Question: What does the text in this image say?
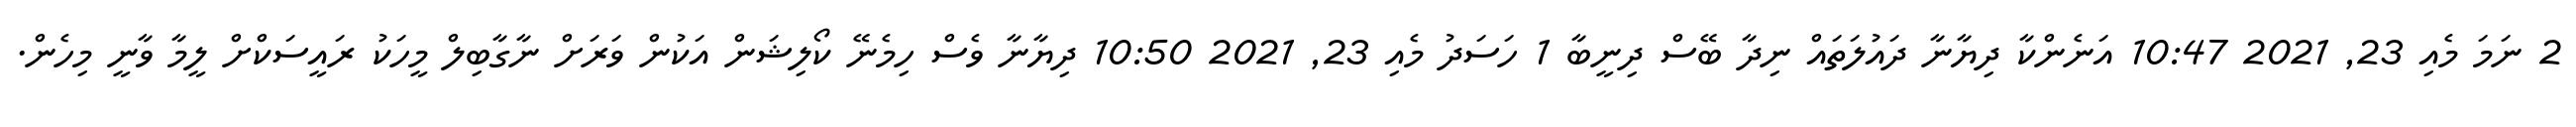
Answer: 2 ނަމަ މެއި 23, 2021 10:47 އަނެންކާ ދިޔާނާ ދައުލަތައް ނިދާ ބޭސް ދިނީބާ 1 ހަސަދު މެއި 23, 2021 10:50 ދިޔާނާ ވެސް ހިމެނޭ ކޯލިޝަން އަކުން ވަރަށް ނާގާބިލް މީހަކު ރައީސަކްށް ލީމާ ވާނީ މިހެން.